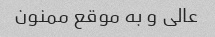
عالی و به موقع ممنون